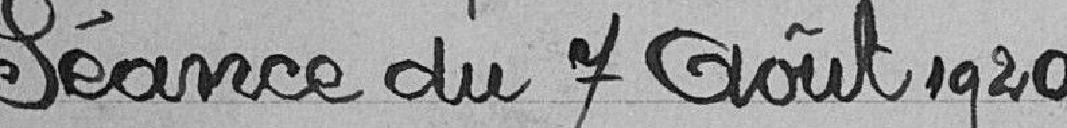
Séance du 7 août 1920